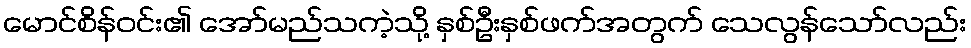
မောင်စိန်ဝင်း၏ အော်မည်သကဲ့သို့ နှစ်ဦးနှစ်ဖက်အတွက် သေလွန်သော်လည်း